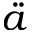
\ddot { a }